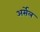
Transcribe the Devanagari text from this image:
अर्सेल